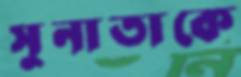
সুনাতাকে